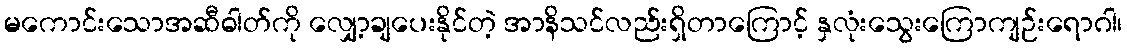
မကောင်းသောအဆီဓါတ်ကို လျှော့ချပေးနိုင်တဲ့ အာနိသင်လည်းရှိတာကြောင့် နှလုံးသွေးကြောကျဉ်းရောဂါ၊